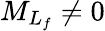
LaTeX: {M}_{{L}_{f}}\ne 0